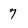
Character: 7